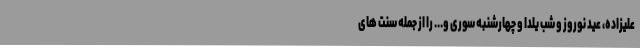
علیزاده، عید نوروز و شب یلدا و چهارشنبه سوری و... را از جمله سنت های